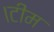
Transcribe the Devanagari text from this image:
।टीम